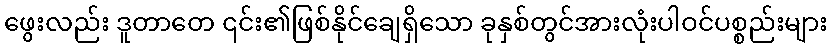
ဖွေးလည်း ဒူတာတေ ၎င်း၏ဖြစ်နိုင်ချေရှိသော ခုနှစ်တွင်အားလုံးပါဝင်ပစ္စည်းများ